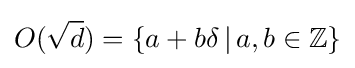
O({\sqrt {d}})=\{a+b\delta \,|\,a,b\in \mathbb {Z} \}